Vital statistics of India. Vol. VI, European troops 1870-79
Year: 1870
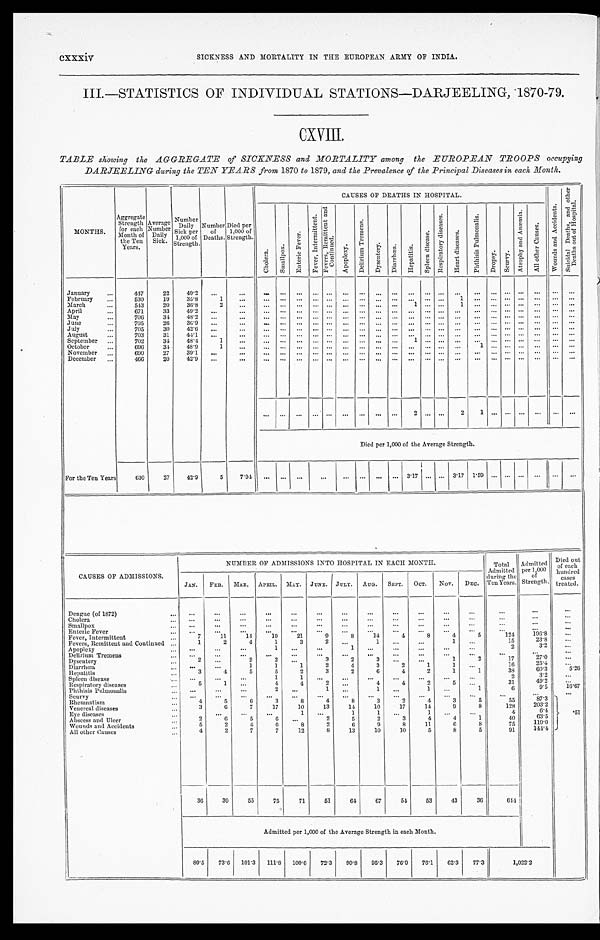
cxxxiv SICKNESS AND MORTALITY IN THE EUROPEAN ARMY OF INDIA.
III.—STATISTICS OF INDIVIDUAL STATIONS—DARJEELING, 1870-79.
CXVIII
TABLE showing the AGGREGATE of SICKNESS and MORTALITY among the EUROPEAN TROOPS occupying
DARJEELING during the TEN YEARS from 1870 to 1879, and the Prevalence of the Principal Diseases in each Month.
CAUSES OF DEATHS IN HOSPITAL.
W o u n d s a n d A c c i d e n t .
S u i c i d a l D e a t h s , a n d o t h e r D e a t h s o u t o f H o s p i t a l .
MONTHS.
Aggregate Strength for each
Month of
the Ten
Years.
Average Number Daily Sick.
N u m b e r
Daily
Sick per
1,000 of
Strength
Number of
Deaths.
Died per
1,000 of
Strength.
C h o l e r a .
S m a l l p o x .
E n t e r i c F e v e r .
F e v e r , I n t e r m i t t e n t . F e v e r s , R e m i t t e n t a n d C o n t i n u e d .
A p o p l e x y .
D e l i r i u m T r e m e n s .
D y s e n t e r y .
D i a r r h œ a . H e p a t i t i s .
S p l e e n d i s e a s e .
R e s p i r a t o r y d i s e a s e s .
H e a r t d i s e a s e .
P h t h i s i s p u l m o n a l i s .
Dr o p s y . S c u r v y .
A t r o p h y a n d A n æ m i a .
A l l o t h e r C a u s e s .
January
447
22 49.2
February
530
19 35.8
1
1
March
543 20 36.8
2
1
1
April
671
33 49.2
M a y
706
34 48.2
June
705
26 36.9
July
705
30 42.6
August
703
31 44.1
September
702
34 48. 4
1
1
October
696
34 48.9
1
1
November
690
27 39.1
December
466
20 42.9
2
2 1
Died per 1,000 of the Average Strength.
For the Ten Years
630
27 42.9
5
7 . 9 4
3.17
3 . 1 7
1.59
CAUSES OF ADMISSIONS.
NUMBER OF ADMISSIONS INTO HOSPITAL IN EACH MONTH.
Total
Ad mi t t e d d u r i n g t h e
Ten Years.
Admitted
per 1,000 of
Strength.
Died out
of each
hundred red
cases
treated.
JAN. FEB. MAR. APRIL. MAY. JUNE. JULY. AUG. SEPT. OCT. NOV. DEC.
Dengue (of 1872)
Cholera Smallpox
Enteric Fever
Fever, intermittent
7
11
14
1 9 21
9
8
14
4
8
4
5
1 2 4
196.8
Fevers, Remittent and Continued
1
2
4
1
3
2
1
1
1 5
2 3 . 8
Apoplexy
1
1
2
3 . 2
Delirium Tremens
Dysentery
2
2
2
3
2
3
1
2
17
27.0
Diarrhœa
1
1
1
2
4
3
2
1
1
1 6
2 5 . 4
Hepatitis
3
4
5
5
2
3
2
6
4
2
1 1
3 8
6 0 . 3
5 . 2 6
Spleen disease
1
1
2
3 . 2
Respiratory diseases
5
1
4
4
2
4
4
2
5
3 1
4 9 . 2
Phthisis Pulmonalis
2
1
1
1
1
6
9 . 5
1 6 . 6 7
Scurvy
.51
Rheumatism
4
5
6
3
8
4
8
3
2
4
3
5
55
8 7 . 3
Venereal diseases
3
6
7
17
10
13
14
10
17
14
9
8
128
2 0 3 . 2
Eye diseases
1
1
1
1
4
6 . 4
Abscess and Ulcer
2 6
5
6
2
5
2
3
4
4
1
40
6 3 . 5
Wounds and Accidents
5
2
4
6
8
2
6
9
8
11
6
8
75 119.0
All other Causes
4
2
7
7
12
8
13
10
10
5
8
5
91
1 4 4 . 4
36
39
55
75
71
51
64 67
54 53
43
36
644
Admitted per 1,000 of the Average Strength in each Month.
80.5 73.6 101.3 111.8 100.6 72.3 90.8 95.3 76.9 76.1 62.3 77.3
1 , 0 2 2 . 2